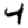
Digit: 4